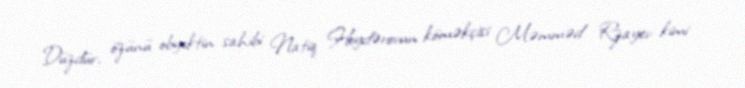
Düzdür, özünü obyektin sahibi Natiq Heydərovun köməkçisi Məmməd Rzayev kimi